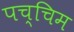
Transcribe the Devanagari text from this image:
पच्चिम